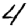
Digit: 4